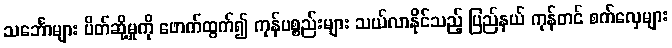
သင်္ဘောများ ပိတ်ဆို့မှုကို ဖောက်ထွက်၍ ကုန်ပစ္စည်းများ သယ်လာနိုင်သည့် ပြည်နယ် ကုန်တင် စက်လှေများ